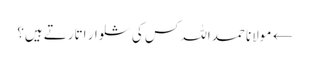
← مولانا حمداللہ کس کی شلوار اتارتے ہیں؟